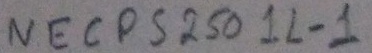
Text: NECPS250 1L